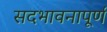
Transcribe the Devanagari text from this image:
सदभावनापूर्ण